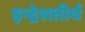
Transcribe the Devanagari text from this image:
इन्द्रेशतीर्थ